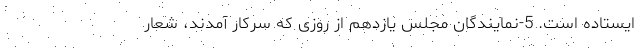
ایستاده است. 5-نمایندگان مجلس یازدهم از روزی که سرکار آمدند، شعار